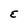
Character: E